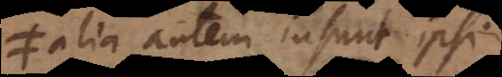
alia autem insunt ipsi